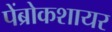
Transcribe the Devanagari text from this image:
पेंब्रोकशायर